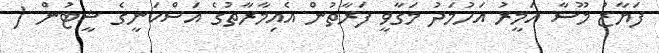
ފަޔާޒު މޫސާ އަމީރު އަހުމަދު މަގާވީ ފަރާތުން އެއިމާރާތުގެ އަސްކަނީގެ ޝީޓުން (